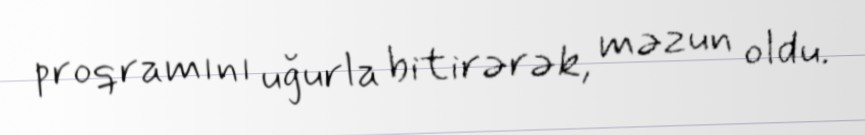
proqramını uğurla bitirərək, məzun oldu.